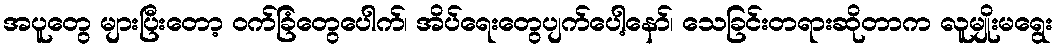
အပူတွေ များပြီးတော့ ဝက်ခြံတွေပေါက်၊ အိပ်ရေးတွေပျက်ပေါ့နော်၊ သေခြင်းတရားဆိုတာက လူမျိုးမရွေး